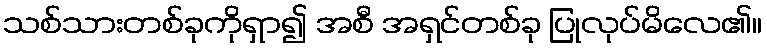
သစ်သားတစ်ခုကိုရှာ၍ အစီ အရှင်တစ်ခု ပြုလုပ်မိလေ၏။